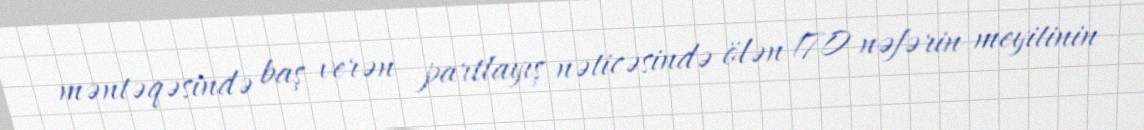
məntəqəsində baş verən partlayış nəticəsində ölən 170 nəfərin meyitinin